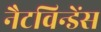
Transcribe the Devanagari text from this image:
नैटविन्डेंस